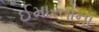
ઈમારતોના